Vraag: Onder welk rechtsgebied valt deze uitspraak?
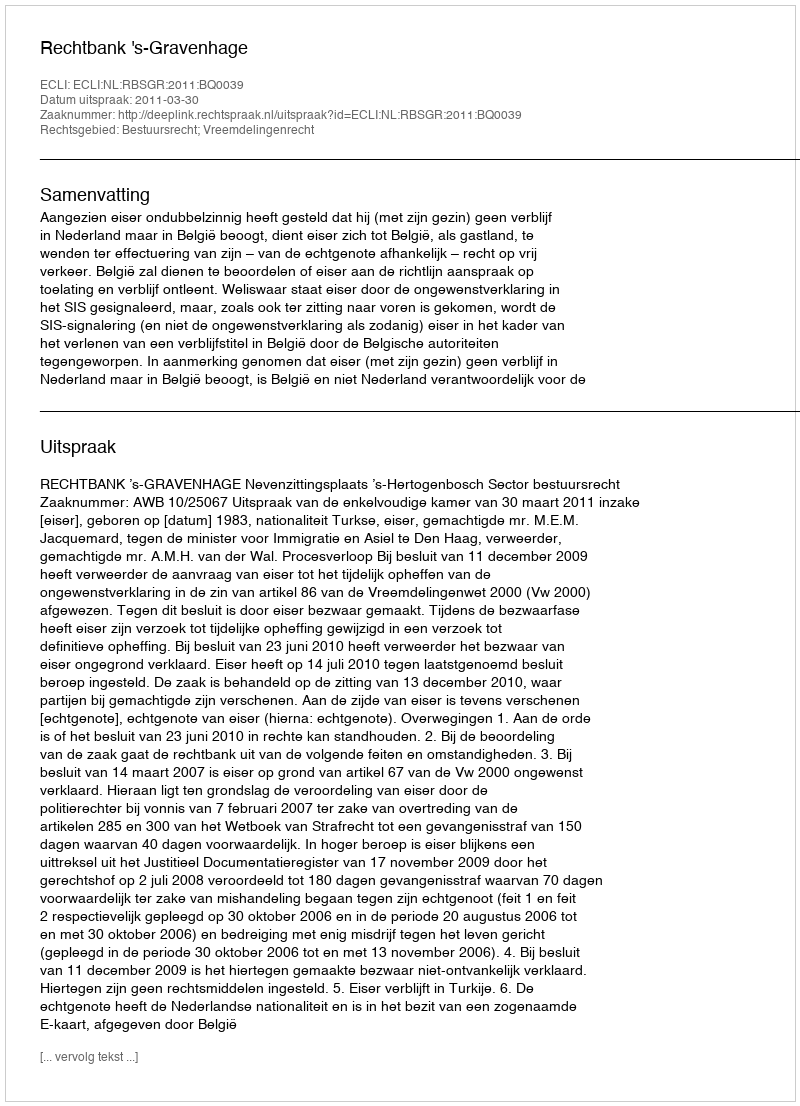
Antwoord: Bestuursrecht; Vreemdelingenrecht